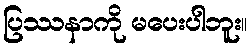
ပြဿနာကို မပေးပါဘူး။